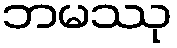
ဘမဿု